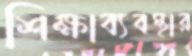
শিক্ষাব্যবস্থার